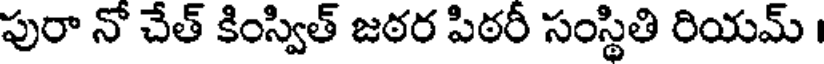
పురా నో చేత్ కింస్విత్ జఠర పిఠరీ సంస్థితి రియమ్